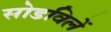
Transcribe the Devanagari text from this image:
सोडविलें